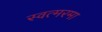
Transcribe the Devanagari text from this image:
स्वत्मरमा